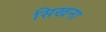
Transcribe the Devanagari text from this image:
सिखना